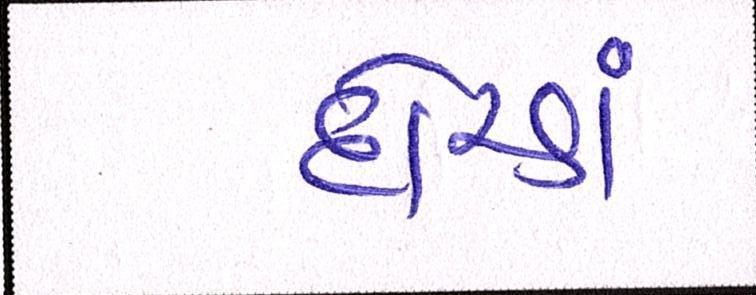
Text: દોરડાં